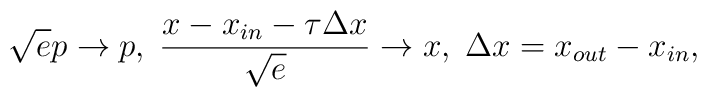
{\sqrt {e}}p\rightarrow p, \;  \frac{x-x_{in}-\tau{\Delta x}}{\sqrt e} \rightarrow x,\; {\Delta x}=x_{out}-x_{in},\\